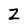
Character: z